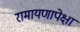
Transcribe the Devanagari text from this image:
रामायणापेक्षा